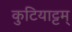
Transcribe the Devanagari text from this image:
कुटियाट्टम्